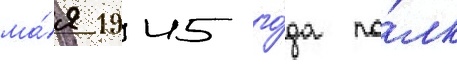
ма́я 1945 го́да по́лк